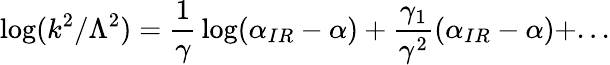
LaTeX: \log(k^{2}/\Lambda^{2})={\frac{1}{\gamma}}\log(\alpha_{IR}-\alpha)+{\frac{\gamma_{1}}{\gamma^{2}}}(\alpha_{IR}-\alpha)+...